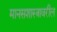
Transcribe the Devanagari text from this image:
मानसशास्‍त्रावरील